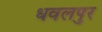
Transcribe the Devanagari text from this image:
धवलपुर